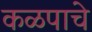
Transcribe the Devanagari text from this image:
कळपाचे